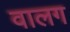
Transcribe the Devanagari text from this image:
वालग